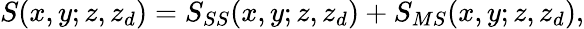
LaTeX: S(x,y;z,z_{d})=S_{SS}(x,y;z,z_{d})+S_{MS}(x,y;z,z_{d}),